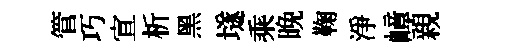
管巧宣析黑𡑞乘晩鞠淨嶂親